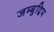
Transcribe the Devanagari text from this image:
जम्‍बुद्विप